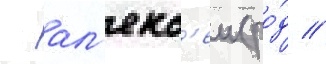
- ал'екс'еи (ро́д //